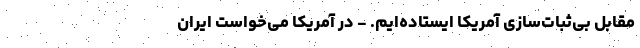
مقابل بی‌ثبات‌سازی آمریکا ایستاده‌ایم. - در آمریکا می‌خواست ایران